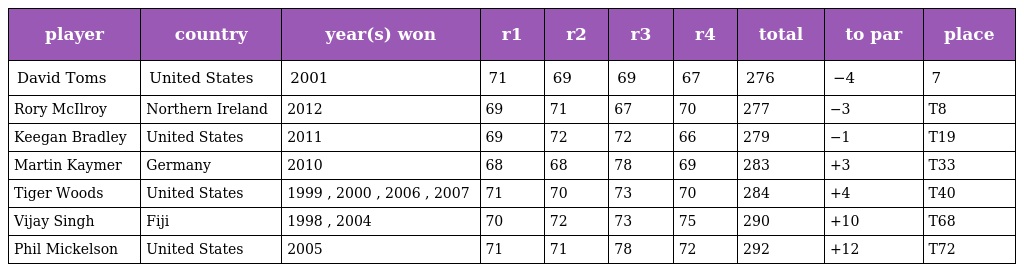
| player | country | year(s) won | r1 | r2 | r3 | r4 | total | to par | place |
 | --- | --- | --- | --- | --- | --- | --- | --- | --- | --- |
 | David Toms | United States | 2001 | 71 | 69 | 69 | 67 | 276 | −4 | 7 |
 | Rory McIlroy | Northern Ireland | 2012 | 69 | 71 | 67 | 70 | 277 | −3 | T8 |
 | Keegan Bradley | United States | 2011 | 69 | 72 | 72 | 66 | 279 | −1 | T19 |
 | Martin Kaymer | Germany | 2010 | 68 | 68 | 78 | 69 | 283 | +3 | T33 |
 | Tiger Woods | United States | 1999 , 2000 , 2006 , 2007 | 71 | 70 | 73 | 70 | 284 | +4 | T40 |
 | Vijay Singh | Fiji | 1998 , 2004 | 70 | 72 | 73 | 75 | 290 | +10 | T68 |
 | Phil Mickelson | United States | 2005 | 71 | 71 | 78 | 72 | 292 | +12 | T72 |